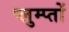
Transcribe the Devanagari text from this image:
प्लुम्प्तों